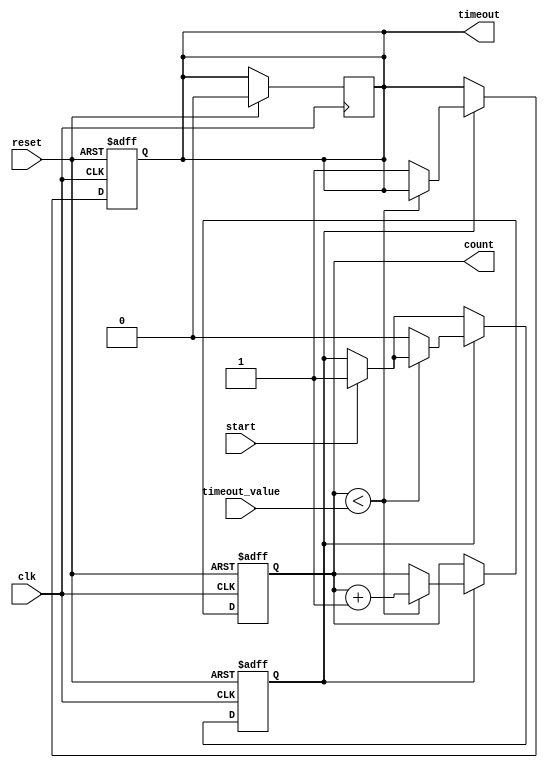
module timeout_counter #(
    parameter COUNTER_WIDTH = 8 // Parameter to define the width of the counter
)(
    input wire clk,                // Clock input
    input wire reset,              // Asynchronous active-high reset
    input wire start,              // Active-high signal to start counting
    input wire [COUNTER_WIDTH-1:0] timeout_value, // Timeout value
    output reg timeout,            // Active-high timeout signal
    output reg [COUNTER_WIDTH-1:0] count // Current count value
);

    // State declaration
    reg counting; // Indicates if the counter is currently counting

    // Synchronous reset and counting logic
    always @(posedge clk or posedge reset) begin
        if (reset) begin
            count <= 0;           // Reset the count to 0
            timeout <= 0;         // Reset the timeout signal
            counting <= 0;        // Reset counting state
        end else begin
            if (start) begin
                counting <= 1;     // Start counting when start is high
            end
            
            if (counting) begin
                if (count < timeout_value) begin
                    count <= count + 1; // Increment the count
                end else begin
                    timeout <= 1; // Set timeout signal high when limit is reached
                    counting <= 0; // Stop counting
                end
            end
        end
    end

    // Optional logic to reset timeout signal when reset is asserted
    always @(posedge clk) begin
        if (reset) begin
            timeout <= 0; // Clear timeout signal on reset
        end else if (counting == 0 && count >= timeout_value) begin
            // Keep timeout high until reset
            // No additional action needed here
        end
    end

endmodule